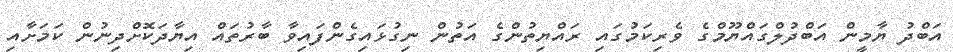
އަބްދު ޔާމީން އަބްދުލްގައްޔޫމްގެ ވެރިކަމުގައި ރައްޔިތުންގެ އަތުން ނިގުޅައިގެންފައިވާ ބާރުތައް އިޔާދަކޮށްދިނުން ކަމަށާއި